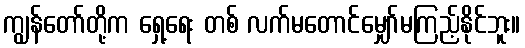
ကျွန်တော်တို့က ရှေ့ရေး တစ် လက်မတောင်မျှော်မကြည့်နိုင်ဘူး။